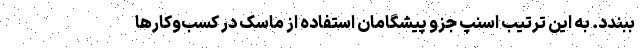
ببندد. به این ترتیب اسنپ جزو پیشگامان استفاده از ماسک در کسب‌وکارها